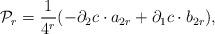
LaTeX: \begin{align*}{\cal P}_{r}=\frac{1}{4^{r}}(-\partial _{2}c \cdot a_{2r}+ \partial _{1}c \cdot b_{2r}),\end{align*}